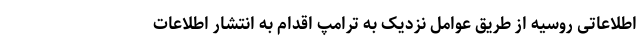
اطلاعاتی روسیه از طریق عوامل نزدیک به ترامپ اقدام به انتشار اطلاعات